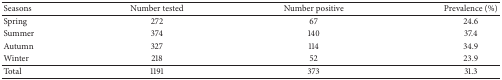
| Seasons | Number tested | Number positive | Prevalence (%) |
 | --- | --- | --- | --- |
 | Spring | 272 | 67 | 24.6 |
 | Summer | 374 | 140 | 37.4 |
 | Autumn | 327 | 114 | 34.9 |
 | Winter | 218 | 52 | 23.9 |
 | Total | 1191 | 373 | 31.3 |